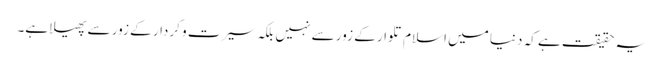
یہ حقیقت ہے کہ دنیا میں اسلام تلوار کے زور سے نہیں بلکہ سیرت و کردار کے زور سے پھیلا ہے۔